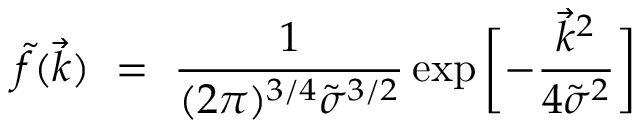
\tilde { f } ( \vec { k } ) \ = \ \frac { 1 } { ( 2 \pi ) ^ { 3 / 4 } \tilde { \sigma } ^ { 3 / 2 } } \exp { \biggl [ - \frac { \vec { k } ^ { 2 } } { 4 \tilde { \sigma } ^ { 2 } } \biggr ] }